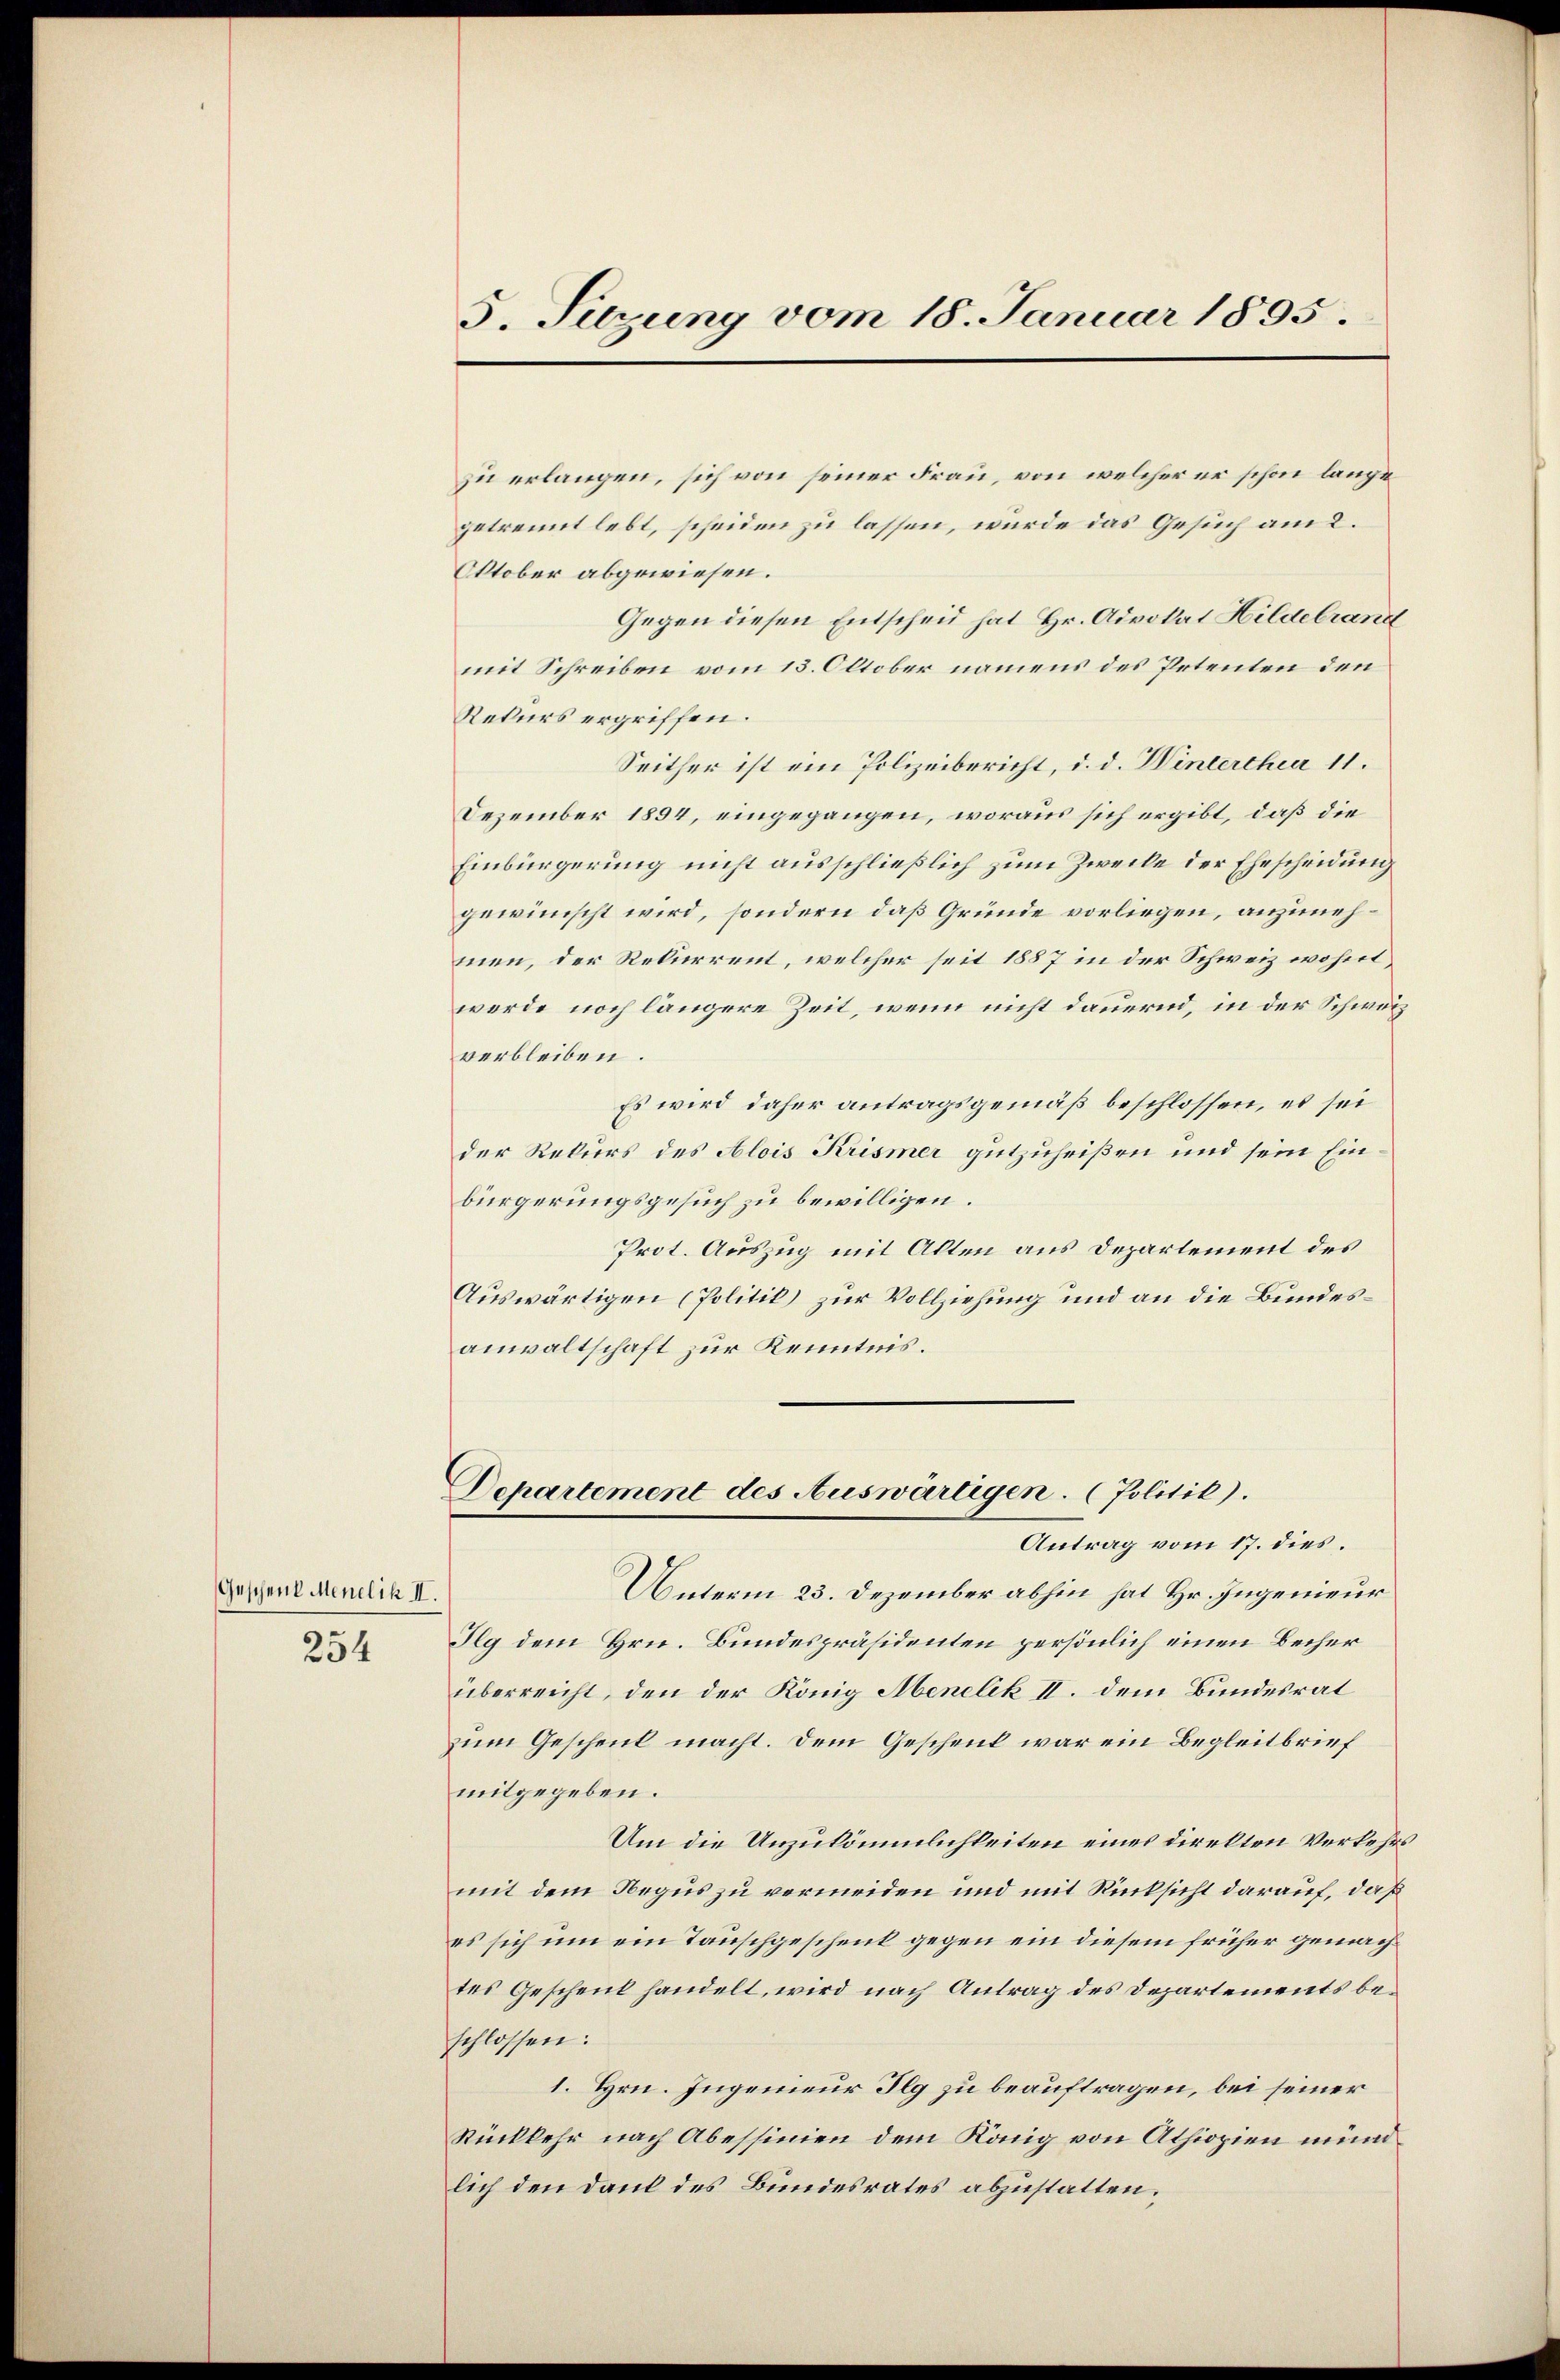
Geschen Mendlik II.

254

5. Sitzung vom 18. Januar 1895.

zu erlangen, sich von seiner Frau, von welcher er schon lange
getrennt lebt, scheiden zu lassen, wurde das Gesuch am 2.
Oktober abgewiesen.
Gegen diesen Entscheid hat Hr. Advokat Hildebrand
mit Schreiben vom 13. Oktober namens des Petenten den
Rekurs ergriffen.
Seither ist ein Polizeibericht, d. d. Winterthur 11.
Dezember 1894, eingegangen, woraus sich ergibt, daß die
Einbürgerung nicht ausschließlich zum Zwecke der Ehescheidung
gewünscht wird, sondern daß Gründe vorliegen, anzunehmen, der Rekurrent, welcher seit 1887 in der Schweiz wohntwerde noch längere Zeit, wenn nicht dauernd, in der Schweiz
verbleiben.
Es wird daher antragsgemäß beschlossen, es sei
der Rekurs des Alois Krismer gutzuheißen und sein Einbürgerungsgesuch zu bewilligen.
Prot. Auszug mit Alten aus Departement des
Auswärtigen (Politik zur Vollziehung und an die Bundesanwaltschaft zur Kenntnis.
Departement des Auswärtigen. (Politik).
Antrag vom 17. dies.
Unterm 23. Dezember abhin hat Hr. Ingenieur
Ilg dem Hrn. Bundespräsidenten persönlich einen Becher
überreicht, den der König Menelik II. dem Bundesrat
zum Geschenk macht. Dem Geschenk war ein Begleitbrief
mitgegeben.
Um die Unzukömmlichkeiten eines direkten Verkehrsmit dem Negus zu vermeiden und mit Rücksicht darauf, daß
es sich um ein Tauschgeschenk gegen ein diesem früher gemach
tes Geschenk handelt, wird nach Antrag des Departements beschlossen:
1. Hrn. Ingenieur Ilg zu beauftragen, bei seiner
Rückkehr nach Abessinien dem König von Athiopien münd
lich den Dank des Bundesrates abzustatten.